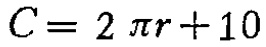
\(C = 2 \pi r + 10\)